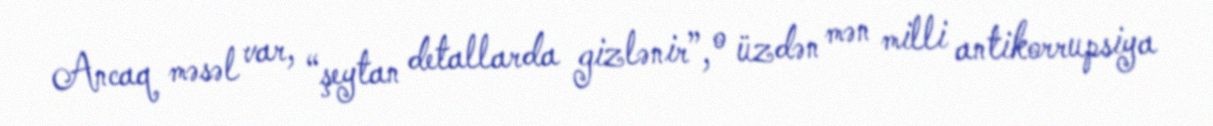
Ancaq məsəl var, “şeytan detallarda gizlənir”, o üzdən mən milli antikorrupsiya